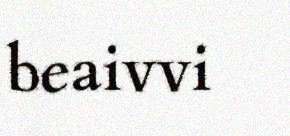
beaivvi